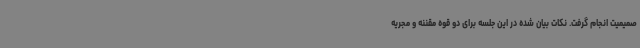
صمیمیت انجام گرفت. نکات بیان شده در این جلسه برای دو قوه مقننه و مجریه